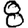
Digit: 8